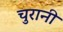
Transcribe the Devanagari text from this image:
चुरानी